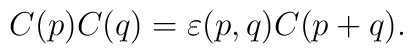
C(p)C(q)=\varepsilon(p,q)C(p+q).